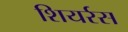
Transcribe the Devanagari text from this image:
शियर्रस